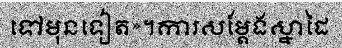
ទៅមុនទៀត»។ការសម្តែងស្នាដៃ